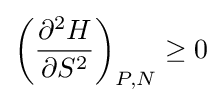
{\biggl (}{\frac {\partial ^{2}H}{\partial S^{2}}}{\biggr )}_{P,N}\geq 0